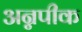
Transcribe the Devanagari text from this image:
अन्नपीक